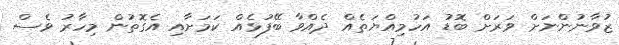
ޒުވާނުންނަށް ވަރަށް ބޮޑު އަހުމިއްޔަތެއް ދެއްވާ ބޭފުޅެއް ކަމަށާއި އެގޮތުން މިހާރު ވެސް